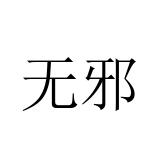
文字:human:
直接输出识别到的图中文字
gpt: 无邪